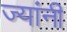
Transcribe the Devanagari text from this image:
ज्‍यांनी